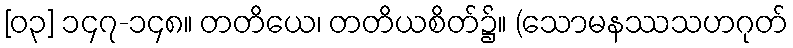
[၀၃] ၁၄၇-၁၄၈။ တတိယေ၊ တတိယစိတ်၌။ (သောမနဿသဟဂုတ်